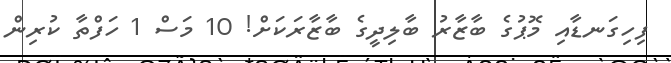
ފިހިގަނޑާއި މޮޕުގެ ބާޒާރު ބާލިދީގެ ބާޒާރަކަށް! 10 މަސް 1 ހަފްތާ ކުރިން